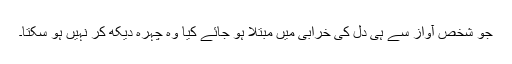
جو شخص آواز سے ہی دل کی خرابی میں مبتلا ہو جائے کیا وہ چہرہ دیکھ کر نہیں ہو سکتا۔